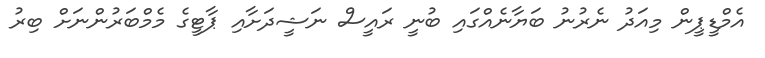
އެމްޑީޕީން މިއަދު ނެރުނު ބަޔާނެއްގައި ބުނީ ރައީސް ނަޝީދަށާއި ޕާޓީގެ މެމްބަރުންނަށް ބިރު